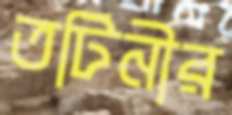
তটিনীর